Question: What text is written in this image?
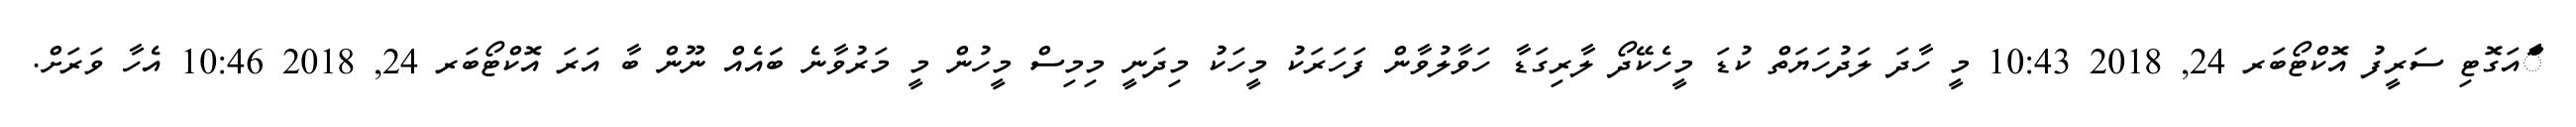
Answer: ާަަާްއަގޮޓި ސަރީފު އޮކްޓޯބަރ 24, 2018 10:43 މީ ހާދަ ލަދުހަޔަތް ކުޑަ މީހެކޭދޯ ލާރިގަޑާ ހަވާލުވާން ފަހަރަކު މީހަކު މިދަނީ މިމިސް މީހުން މީ މަރުވާނެ ބަައެއް ނޫން ބާ އަރަ އޮކްޓޯބަރ 24, 2018 10:46 އެހާ ވަރަށް.